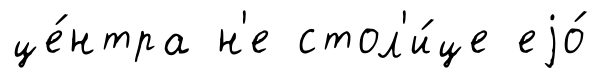
це́нтра н'е стол'и́це еjо́